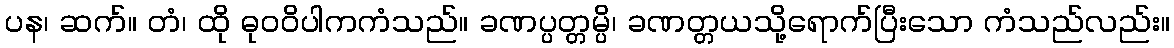
ပန၊ ဆက်။ တံ၊ ထို ဓုဝဝိပါကကံသည်။ ခဏပ္ပတ္တမ္ပိ၊ ခဏတ္တယသို့ရောက်ပြီးသော ကံသည်လည်း။